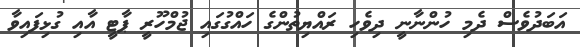
އަބަދުވެސް ދެމި ހުންނާނީ ދިވެހި ރައްޔިތުންގެ ހައްގުގައި ޖުމްހޫރީ ޕާޓީ އާއި ގުޅިފައިވާ